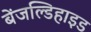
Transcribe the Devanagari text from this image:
बेंजल्डिहाइड